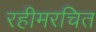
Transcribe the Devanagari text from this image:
रहीमरचित